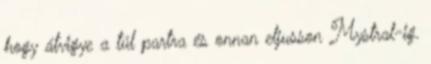
hogy átvigye a túl partra és onnan eljusson Mystral-ig.